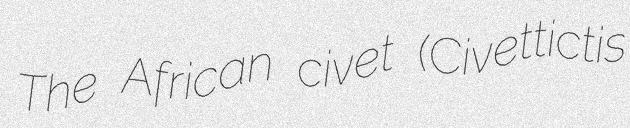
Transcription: The African civet (Civettictis